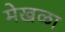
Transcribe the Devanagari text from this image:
मेखळा